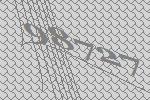
98727